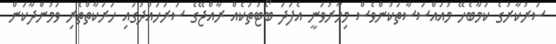
ސަރުކާރުގެ ކަމާބެހޭ މުއައްސަސާތަކުންވެސް މިހާރުވަނީ އެފަދަ ބޯޓުތަކެއް ރާއްޖޭގެ ސަރަހައްދުގައި ހަރަކާތްތެރި ވަމުންދާކަން